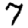
Digit: 7